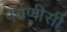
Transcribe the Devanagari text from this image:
पर्वणीसी